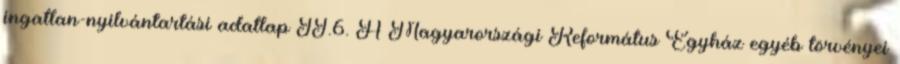
ingatlan-nyilvántartási adatlap II.6. A Magyarországi Református Egyház egyéb törvényei